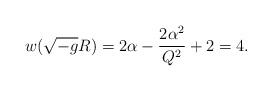
LaTeX: \begin{align*}w(\sqrt{-g} R) = 2 \alpha - {2 \alpha^2 \over Q^2} + 2 = 4.\end{align*}